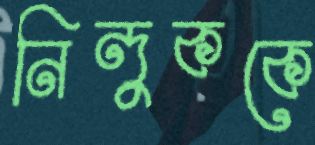
নিন্দুককে